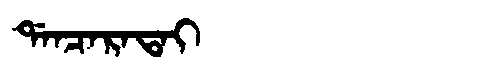
Manchu: ᡩᠠᠨᠴᠠᡵᠠᡨᠠᡳ
Romanization: DANCARATAI